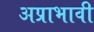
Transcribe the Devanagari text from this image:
अप्राभावी